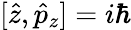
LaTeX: [\hat{z},\hat{p}_{z}]=i\hbar